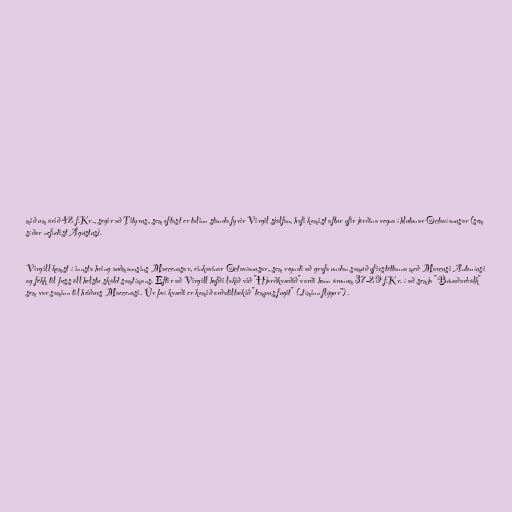
mið um árið 42 f.Kr., segir að Tityrus, sem oftast er talinn standa fyrir Virgil sjálfan, hafi komist aftur yfir jörðina vegna íhlutunar Octavíanusar (sem
síðar nefndist Ágústus).

Virgill komst í innsta hring auðmannsins Maecenasar, einkavinar Octavíanusar, sem reyndi að grafa undan samúð yfirstéttanna með Marcusi Antoníusi
og fékk til þess öll helstu skáld samtímans. Eftir að Virgill hafði lokið við "Hjarðkvæðið"varði hann árunum 37-29 f.Kr. í að semja "Búnaðarbálk"
sem var saminn til heiðurs Maecenasi. Úr því kvæði er komið orðatiltækið "tempus fugit" („tíminn flýgur”).